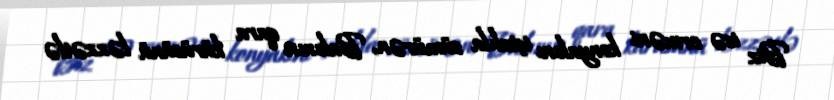
Biz isə erməni konyakını iştahla sümürən, Bakının qara kürüsünü ləzzətlə